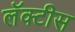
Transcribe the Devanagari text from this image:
लॅक्‍टीस